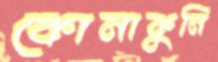
কোনাকুনি